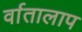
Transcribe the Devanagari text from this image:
र्वातालाप